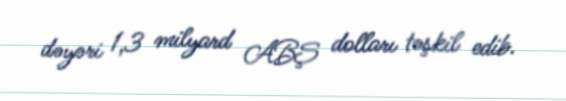
dəyəri 1,3 milyard ABŞ dolları təşkil edib.